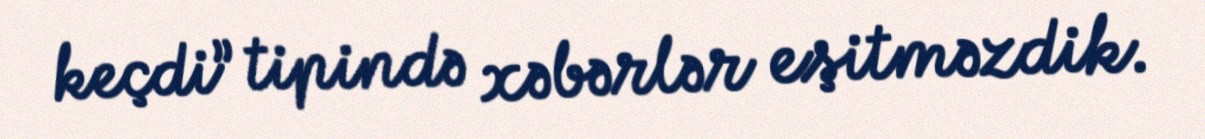
keçdi” tipində xəbərlər eşitməzdik.